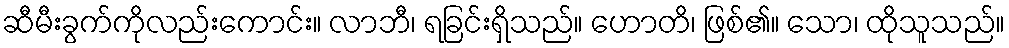
ဆီမီးခွက်ကိုလည်းကောင်း။ လာဘီ၊ ရခြင်းရှိသည်။ ဟောတိ၊ ဖြစ်၏။ သော၊ ထိုသူသည်။